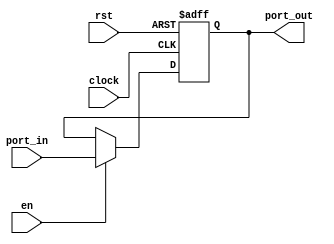
module PC(
    input clock,
	 input rst,
	 input en,
    input [31:0] port_in,
    output reg [31:0] port_out
);
always @(posedge clock, negedge rst) begin
  if(!rst) begin
		port_out =32'd0;
  end
  else if (en)
		port_out <= port_in;
end
endmodule